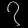
Digit: ၇